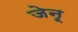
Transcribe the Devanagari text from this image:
जेनू